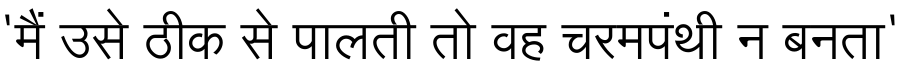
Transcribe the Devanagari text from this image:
'मैं उसे ठीक से पालती तो वह चरमपंथी न बनता'